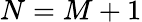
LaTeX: N=M+1